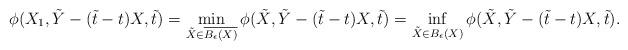
LaTeX: \begin{align*}\phi(X_1, \tilde Y-(\tilde t-t)X,\tilde t)&=\min_{\tilde X\in\overline{{B_\epsilon(X)}}}\phi(\tilde X,\tilde Y-(\tilde t-t)X,\tilde t)=\inf_{\tilde X\in{{B_\epsilon(X)}}}\phi(\tilde X,\tilde Y-(\tilde t-t)X,\tilde t).\end{align*}